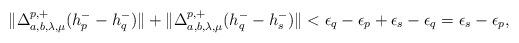
LaTeX: \begin{align*}\lVert \Delta^{p,+}_{a,b,\lambda,\mu}(h_p^- - h_q^-) \rVert +\lVert \Delta^{p,+}_{a,b,\lambda,\mu}(h_q^- - h_s^-) \rVert < \epsilon_q - \epsilon_p + \epsilon_s - \epsilon_q = \epsilon_s - \epsilon_p,\end{align*}